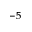
^ { - 5 }